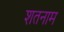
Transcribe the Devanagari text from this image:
शतनाम